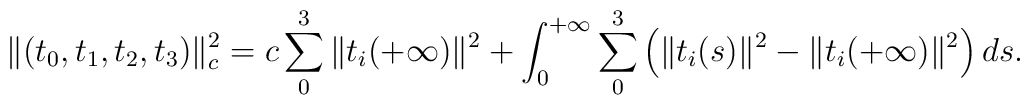
\|(t_0,t_1,t_2,t_3)\|_c^2=c\sum_0^3\|t_i(+\infty)\|^2+\int_0^{+\infty}\sum_0^3\left(\|t_i(s)\|^2-\|t_i(+\infty)\|^2\right)ds.